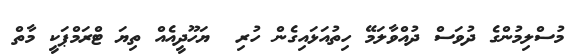
މުސްލިމުންގެ ދުވަސް ދުއްވާލަމޭ ހިތުއަޅައިގެން ހުރި  ޔަހޫދީއެއް ތިޔަ ޓްރަމްޕަކީ މާތް